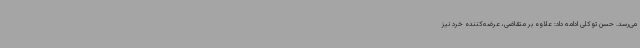
می‌رسد. حسن توکلی ادامه داد: علاوه ‌بر متقاضی، عرضه‌کننده خرد نیز